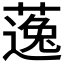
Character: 𱾠